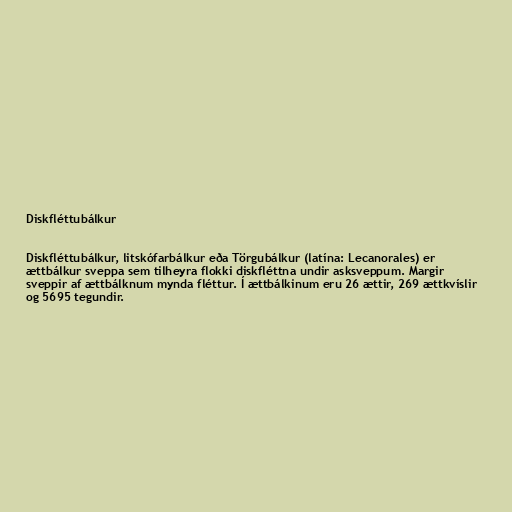
Diskfléttubálkur

Diskfléttubálkur, litskófarbálkur eða Törgubálkur (latína: Lecanorales) er
ættbálkur sveppa sem tilheyra flokki diskfléttna undir asksveppum. Margir
sveppir af ættbálknum mynda fléttur. Í ættbálkinum eru 26 ættir, 269 ættkvíslir
og 5695 tegundir.